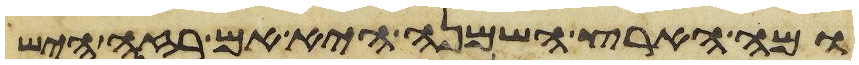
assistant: ומה הארץ השמנה היא אם רזה היש